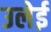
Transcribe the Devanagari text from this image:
उलेई